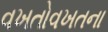
વખતોવખતના